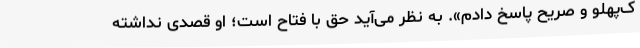
ک‌پهلو و صریح پاسخ دادم». به نظر می‌آید حق با فتاح است؛ او قصدی نداشته